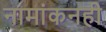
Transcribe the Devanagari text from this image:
नामांकनही